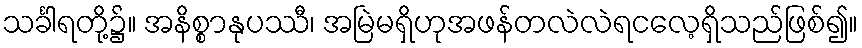
သင်္ခါရတို့၌။ အနိစ္စာနုပဿီ၊ အမြဲမရှိဟုအဖန်တလဲလဲရငလေ့ရှိသည်ဖြစ်၍။